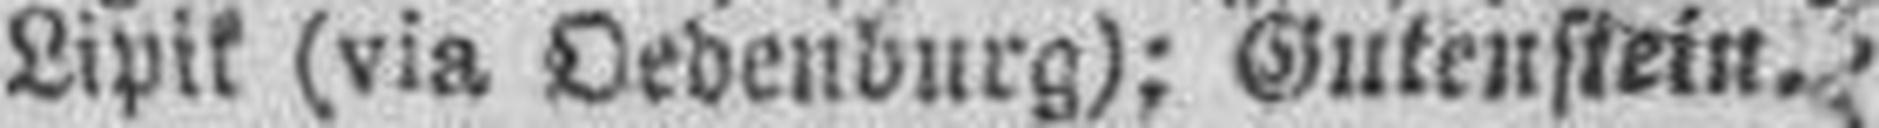
Lipik (via Oedenburg); Gutenstein.